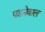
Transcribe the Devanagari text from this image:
पडनेवाल